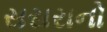
સસરાનો